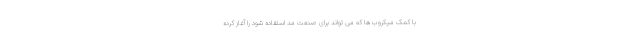
با کمک میکروب ها که می تواند برای صنعت مد استفاده شود را آغاز کرده